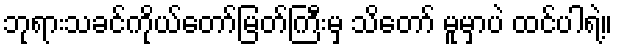
ဘုရားသခင်ကိုယ်တော်မြတ်ကြီးမှ သိတော် မူမှာပဲ ထင်ပါရဲ့။